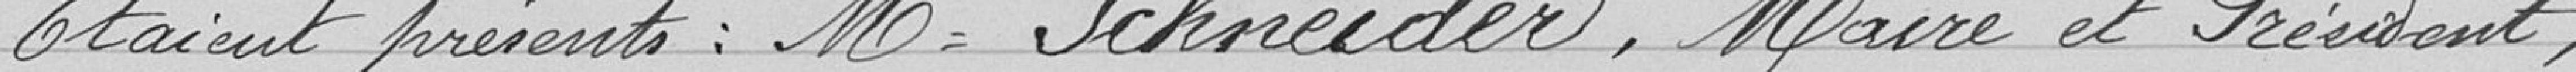
Etaient présents: Me Schneider, Maire et Président,